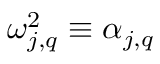
\omega _ { j , q } ^ { 2 } \equiv \alpha _ { j , q }